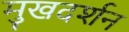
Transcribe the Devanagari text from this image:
मुखदर्शन